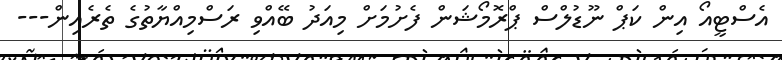
އެސްޓީއޯ އިން ކަޕް ނޫޑުލްސް ޕްރޮމޯޝަން ފެށުމަށް މިއަދު ބޭއްވި ރަސްމިއްޔާތުގެ ތެރެއިން---